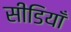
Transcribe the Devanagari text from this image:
सीडियाँ